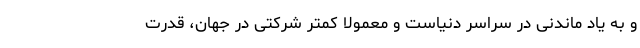
و به یاد ماندنی در سراسر دنیاست و معمولا کمتر شرکتی در جهان، قدرت